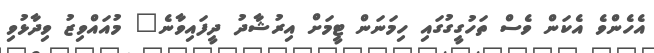
އެހެންވެ އެކަން ވެސް ތަހުގީގުގައި ހިމަނަން ޓީމަށް އިރުޝާދު ދީފައިވާނެ" މުއައްވިޒު ވިދާޅުވި